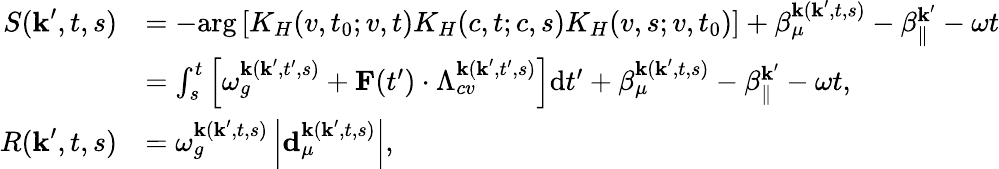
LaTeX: \begin{array}{rl}{S(\textbf{k}^{\prime},t,s)}&{=-\mathrm{arg}\left[K_{H}(v,t_{0};v,t)K_{H}(c,t;c,s)K_{H}(v,s;v,t_{0})\right]+\beta_{\mu}^{\textbf{k}(\textbf{k}^{\prime},t,s)}-\beta_{\| }^{\textbf{k}^{\prime}}-\omega t}\\ &{=\int_{s}^{t}\left[\omega_{g}^{\textbf{k}(\textbf{k}^{\prime},t^{\prime},s)}+\textbf{F}(t^{\prime})\cdot\Lambda_{cv}^{\textbf{k}(\textbf{k}^{\prime},t^{\prime},s)}\right]\mathrm{d}t^{\prime}+\beta_{\mu}^{\textbf{k}(\textbf{k}^{\prime},t,s)}-\beta_{\| }^{\textbf{k}^{\prime}}-\omega t,}\\ {R(\textbf{k}^{\prime},t,s)}&{=\omega_{g}^{\textbf{k}(\textbf{k}^{\prime},t,s)}\left|\textbf{d}_{\mu}^{\textbf{k}(\textbf{k}^{\prime},t,s)}\right|,}\end{array}